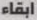
ابقاء